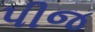
પીજ